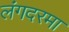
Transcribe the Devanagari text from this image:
लंगदरमा